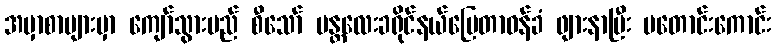
အမှာစာများမှာ ကျော်သွားမည် စီသော် မန္တလေးခရိုင်နယ်မြေတာဝန်ခံ ဖျားနာပြီး မတောင်းကောင်း